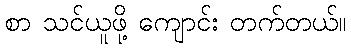
စာ သင်ယူဖို့ ကျောင်း တက်တယ်။